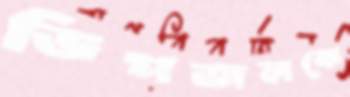
ডিপজলকে